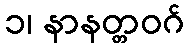
၁၊ နာနတ္တဝဂ်